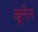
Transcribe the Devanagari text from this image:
बूलेन